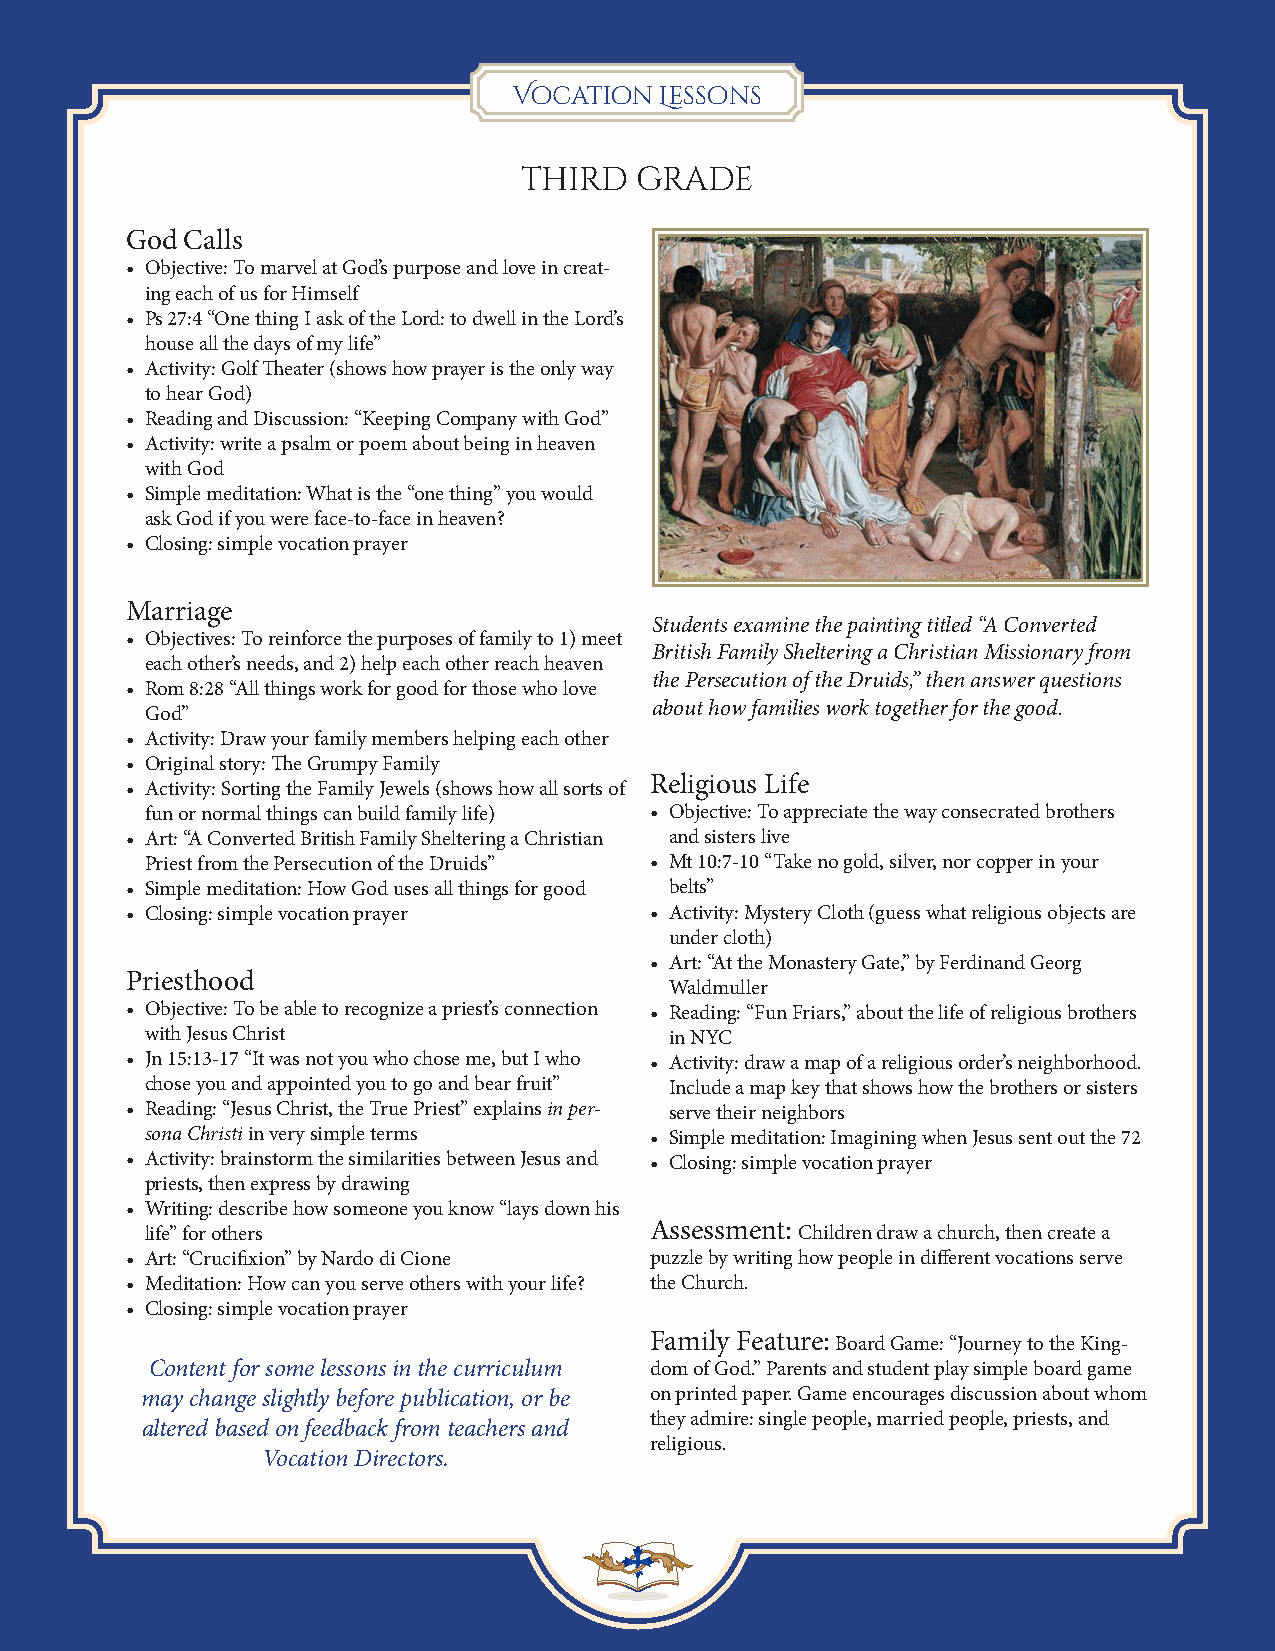
Vocation  Lessons
 third  grade
 God Calls
 • Objective: To marvel at God’s purpose and love in creat-
 ing each of us for Himself
 • Ps 27:4 “One thing I ask of the Lord: to dwell in the Lord’s
 house all the days of my life”
 • Activity: Golf Theater (shows how prayer is the only way
 to hear God)
 • Reading and Discussion: “Keeping Company with God”
 • Activity: write a psalm or poem about being in heaven
 with God
 • Simple meditation: What is the “one thing” you would
 ask God if you were face-to-face in heaven?
 • Closing: simple vocation prayer
 Marriage
 Students examine the painting titled “A Converted
 • Objectives: To reinforce the purposes of family to 1) meet
 British Family Sheltering a Christian Missionary from
 each other’s needs, and 2) help each other reach heaven
 the Persecution of the Druids,” then answer questions
 • Rom 8:28 “All things work for good for those who love
 about how families work together for the good.
 God”
 • Activity: Draw your family members helping each other
 • Original story: The Grumpy Family
 Religious Life
 • Activity: Sorting the Family Jewels (shows how all sorts of
 fun or normal things can build family life) • Objective: To appreciate the way consecrated brothers
 • Art: “A Converted British Family Sheltering a Christian and sisters live
 Priest from the Persecution of the Druids” • Mt 10:7-10 “Take no gold, silver, nor copper in your
 • Simple meditation: How God uses all things for good belts”
 • Closing: simple vocation prayer  • Activity: Mystery Cloth (guess what religious objects are
 under cloth)
 • Art: “At the Monastery Gate,” by Ferdinand Georg
 Priesthood
 Waldmuller
 • Objective: To be able to recognize a priest’s connection • Reading: “Fun Friars,” about the life of religious brothers
 with Jesus Christ                 in NYC
 • Jn 15:13-17 “It was not you who chose me, but I who • Activity: draw a map of a religious order’s neighborhood.
 chose you and appointed you to go and bear fruit” Include a map key that shows how the brothers or sisters
 • Reading: “Jesus Christ, the True Priest” explains in per- serve their neighbors
 sona Christi in very simple terms • Simple meditation: Imagining when Jesus sent out the 72
 • Activity: brainstorm the similarities between Jesus and • Closing: simple vocation prayer
 priests, then express by drawing
 • Writing: describe how someone you know “lays down his
 life” for others                 Assessment: Children draw a church, then create a
 • Art: “Crucifixion” by Nardo di Cione puzzle by writing how people in different vocations serve
 • Meditation: How can you serve others with your life? the Church.
 • Closing: simple vocation prayer
 Family Feature: Board Game: “Journey to the King-
 Content for some lessons in the curriculum dom of God.” Parents and student play simple board game
 may change slightly before publication, or be on printed paper. Game encourages discussion about whom
 they admire: single people, married people, priests, and
 altered based on feedback from teachers and
 religious.
 Vocation Directors.
 6